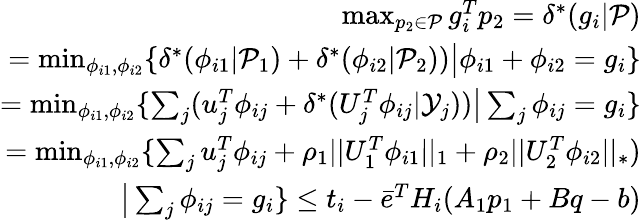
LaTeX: \begin{array}{r}{\operatorname*{max}_{p_{2}\in\mathcal{P}}{g_{i}^{T}p_{2}}=\delta^{*}(g_{i}|\mathcal{P})}\\ {=\operatorname*{min}_{\phi_{i1},\phi_{i2}}\{ \delta^{*}(\phi_{i1}|\mathcal{P}_{1})+\delta^{*}(\phi_{i2}|\mathcal{P}_{2}))\big|\phi_{i1}+\phi_{i2}=g_{i}\} }\\ {=\operatorname*{min}_{\phi_{i1},\phi_{i2}}\{ \sum_{j}(u_{j}^{T}\phi_{ij}+\delta^{*}(U_{j}^{T}\phi_{ij}|\mathcal{Y}_{j}))\big|\sum_{j}\phi_{ij}=g_{i}\} }\\ {=\operatorname*{min}_{\phi_{i1},\phi_{i2}}\{ \sum_{j}u_{j}^{T}\phi_{ij}+\rho_{1}||U_{1}^{T}\phi_{i1}||_{1}+\rho_{2}||U_{2}^{T}\phi_{i2}||_{*})}\\ {\big|\sum_{j}\phi_{ij}=g_{i}\} \le t_{i}-\bar{e}^{T}H_{i}(A_{1}p_{1}+Bq-b)}\end{array}